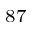
^ { 8 7 }